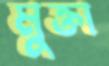
মুক্তা